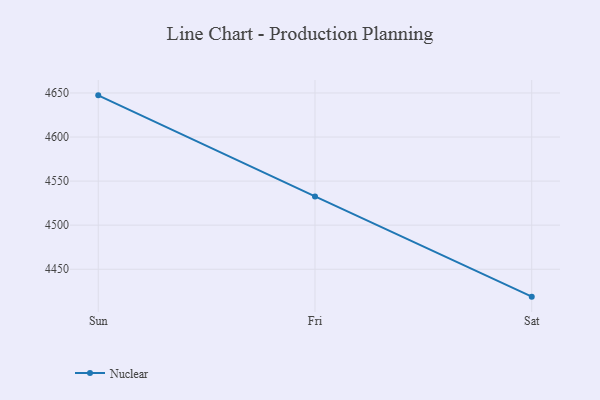
{"axis": {"x": "Day", "y": "LTV (USD)"}, "legend": ["Nuclear"], "data": [{"x": "Sun", "y": 4647.3, "type": "Nuclear"}, {"x": "Fri", "y": 4532.6, "type": "Nuclear"}, {"x": "Sat", "y": 4418.9, "type": "Nuclear"}]}